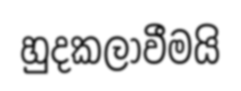
හුදකලාවීමයි